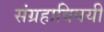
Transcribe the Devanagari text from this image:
संग्रहाविषयी